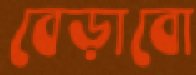
বেড়াবো